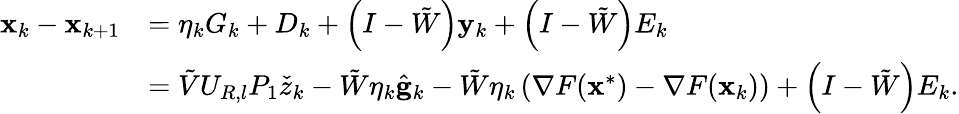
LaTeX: \begin{array}{rl}{\mathbf{x}_{k}-\mathbf{x}_{k+1}}&{=\eta_{k}G_{k}+{D}_{k}+\left(I-\tilde{W}\right)\mathbf{y}_{k}+\left(I-\tilde{W}\right)E_{k}}\\ &{=\tilde{V}U_{R,l}P_{1}\check{z}_{k}-\tilde{W}\eta_{k}\hat{\mathbf{g}}_{k}-\tilde{W}\eta_{k}\left(\nabla F(\mathbf{x}^{*})-\nabla F(\mathbf{x}_{k})\right)+\left(I-\tilde{W}\right)E_{k}.}\end{array}